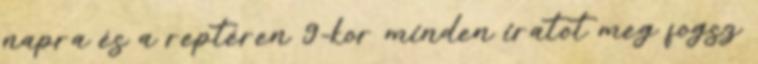
napra és a reptéren 9-kor minden iratot meg fogsz